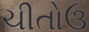
ચીતોઉ